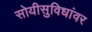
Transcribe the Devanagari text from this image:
सोयीसुविधांवर